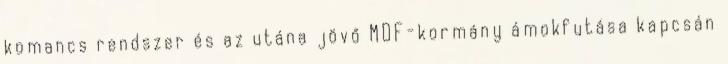
komancs rendszer és az utána jövő MDF-kormány ámokfutása kapcsán